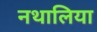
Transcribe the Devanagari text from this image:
नथालिया